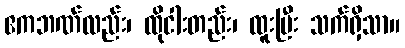
ဧကဘဏ်လည်း၊ ထိုငါးတည်း၊ ထူးပြီး သက်ရှိသာ။